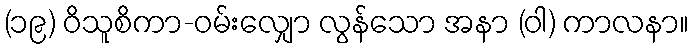
(၁၉) ဝိသူစိကာ-ဝမ်းလျှော လွန်သော အနာ (ဝါ) ကာလနာ။